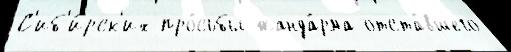
С'иб'и́рск'их про́сьбы жанда́рма отста́вшего